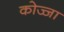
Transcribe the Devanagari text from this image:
कोज्जा